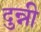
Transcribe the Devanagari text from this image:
दुन्नी